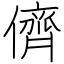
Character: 儕